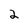
Character: 2